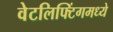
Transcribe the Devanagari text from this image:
वेटलिफ्टिंगमध्ये